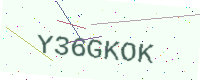
Text: Y36GKOK